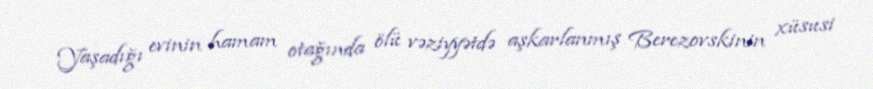
Yaşadığı evinin hamam otağında ölü vəziyyətdə aşkarlanmış Berezovskinin xüsusi